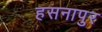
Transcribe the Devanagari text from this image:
हसनापुर